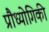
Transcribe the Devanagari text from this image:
प्रौध्योगिकी